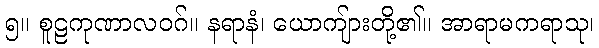
၅။ စူဠကုဏာလဝဂ်။ နရာနံ၊ ယောကျ်ားတို့၏။ အာရာမကရာသု၊